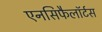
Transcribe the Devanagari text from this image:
एनसिफैलॉर्टस